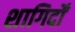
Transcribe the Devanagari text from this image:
शागिर्दों